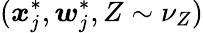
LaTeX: (\boldsymbol{x}_{j}^{*},\boldsymbol{w}_{j}^{*},Z\sim\nu_{Z})